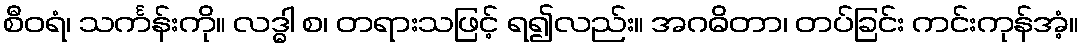
စီဝရံ၊ သင်္ကန်းကို။ လဒ္ဓါ စ၊ တရားသဖြင့် ရ၍လည်း။ အဂဓိတာ၊ တပ်ခြင်း ကင်းကုန်အံ့။